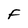
Character: F